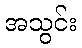
အသွင်း